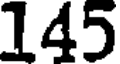
145